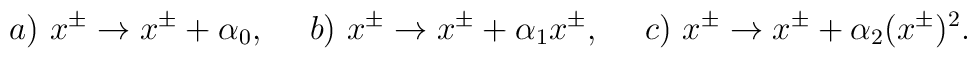
a)~ x^{\pm}\rightarrow x^{\pm}+\alpha_0,~~~~b)~ x^{\pm}\rightarrow x^{\pm}+{\alpha_1}x^{\pm},~~~~c)~ x^{\pm}\rightarrow{x^{\pm}}+\alpha_2(x^{\pm})^2.